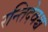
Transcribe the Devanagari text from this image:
रन्तिदेवश्च